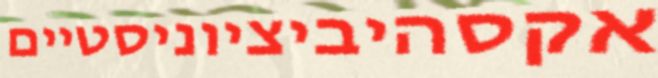
אקסהיביציוניסטיים